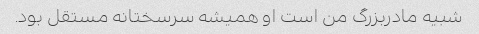
شبیه مادربزرگ من است او همیشه سرسختانه مستقل بود.